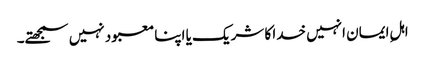
اہلِ ایمان انہیں خدا کا شریک یا اپنا معبود نہیں سمجھتے۔